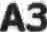
A3